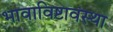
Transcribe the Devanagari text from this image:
भावाविष्टावस्था